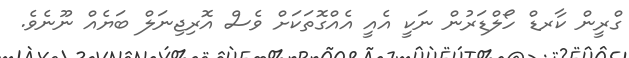
ގްރީން ކާރޑް ހޯލްޑަރުން ނަކީ އެއީ އެއްގޮތަކަށް ވެސް އޮރިޖިނަލް ބަޔެއް ނޫނެވެ.